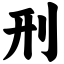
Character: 刑